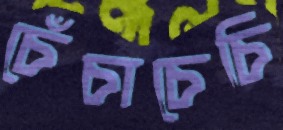
চেঁচাচেচি